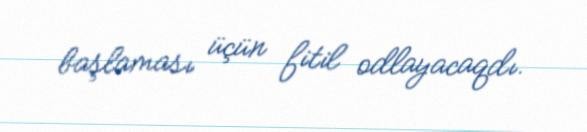
başlaması üçün fitil odlayacaqdı.